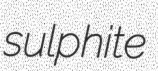
sulphite